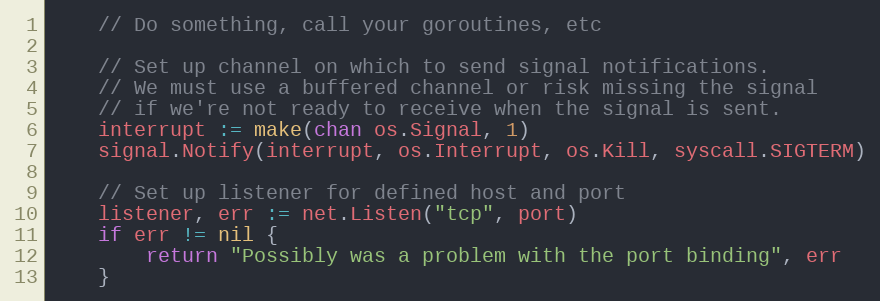
Language: Go
	// Do something, call your goroutines, etc

	// Set up channel on which to send signal notifications.
	// We must use a buffered channel or risk missing the signal
	// if we're not ready to receive when the signal is sent.
	interrupt := make(chan os.Signal, 1)
	signal.Notify(interrupt, os.Interrupt, os.Kill, syscall.SIGTERM)

	// Set up listener for defined host and port
	listener, err := net.Listen("tcp", port)
	if err != nil {
		return "Possibly was a problem with the port binding", err
	}